65_HS1-834228961_62-HQ-83894_Section_5
Agency: FBI
Page 104
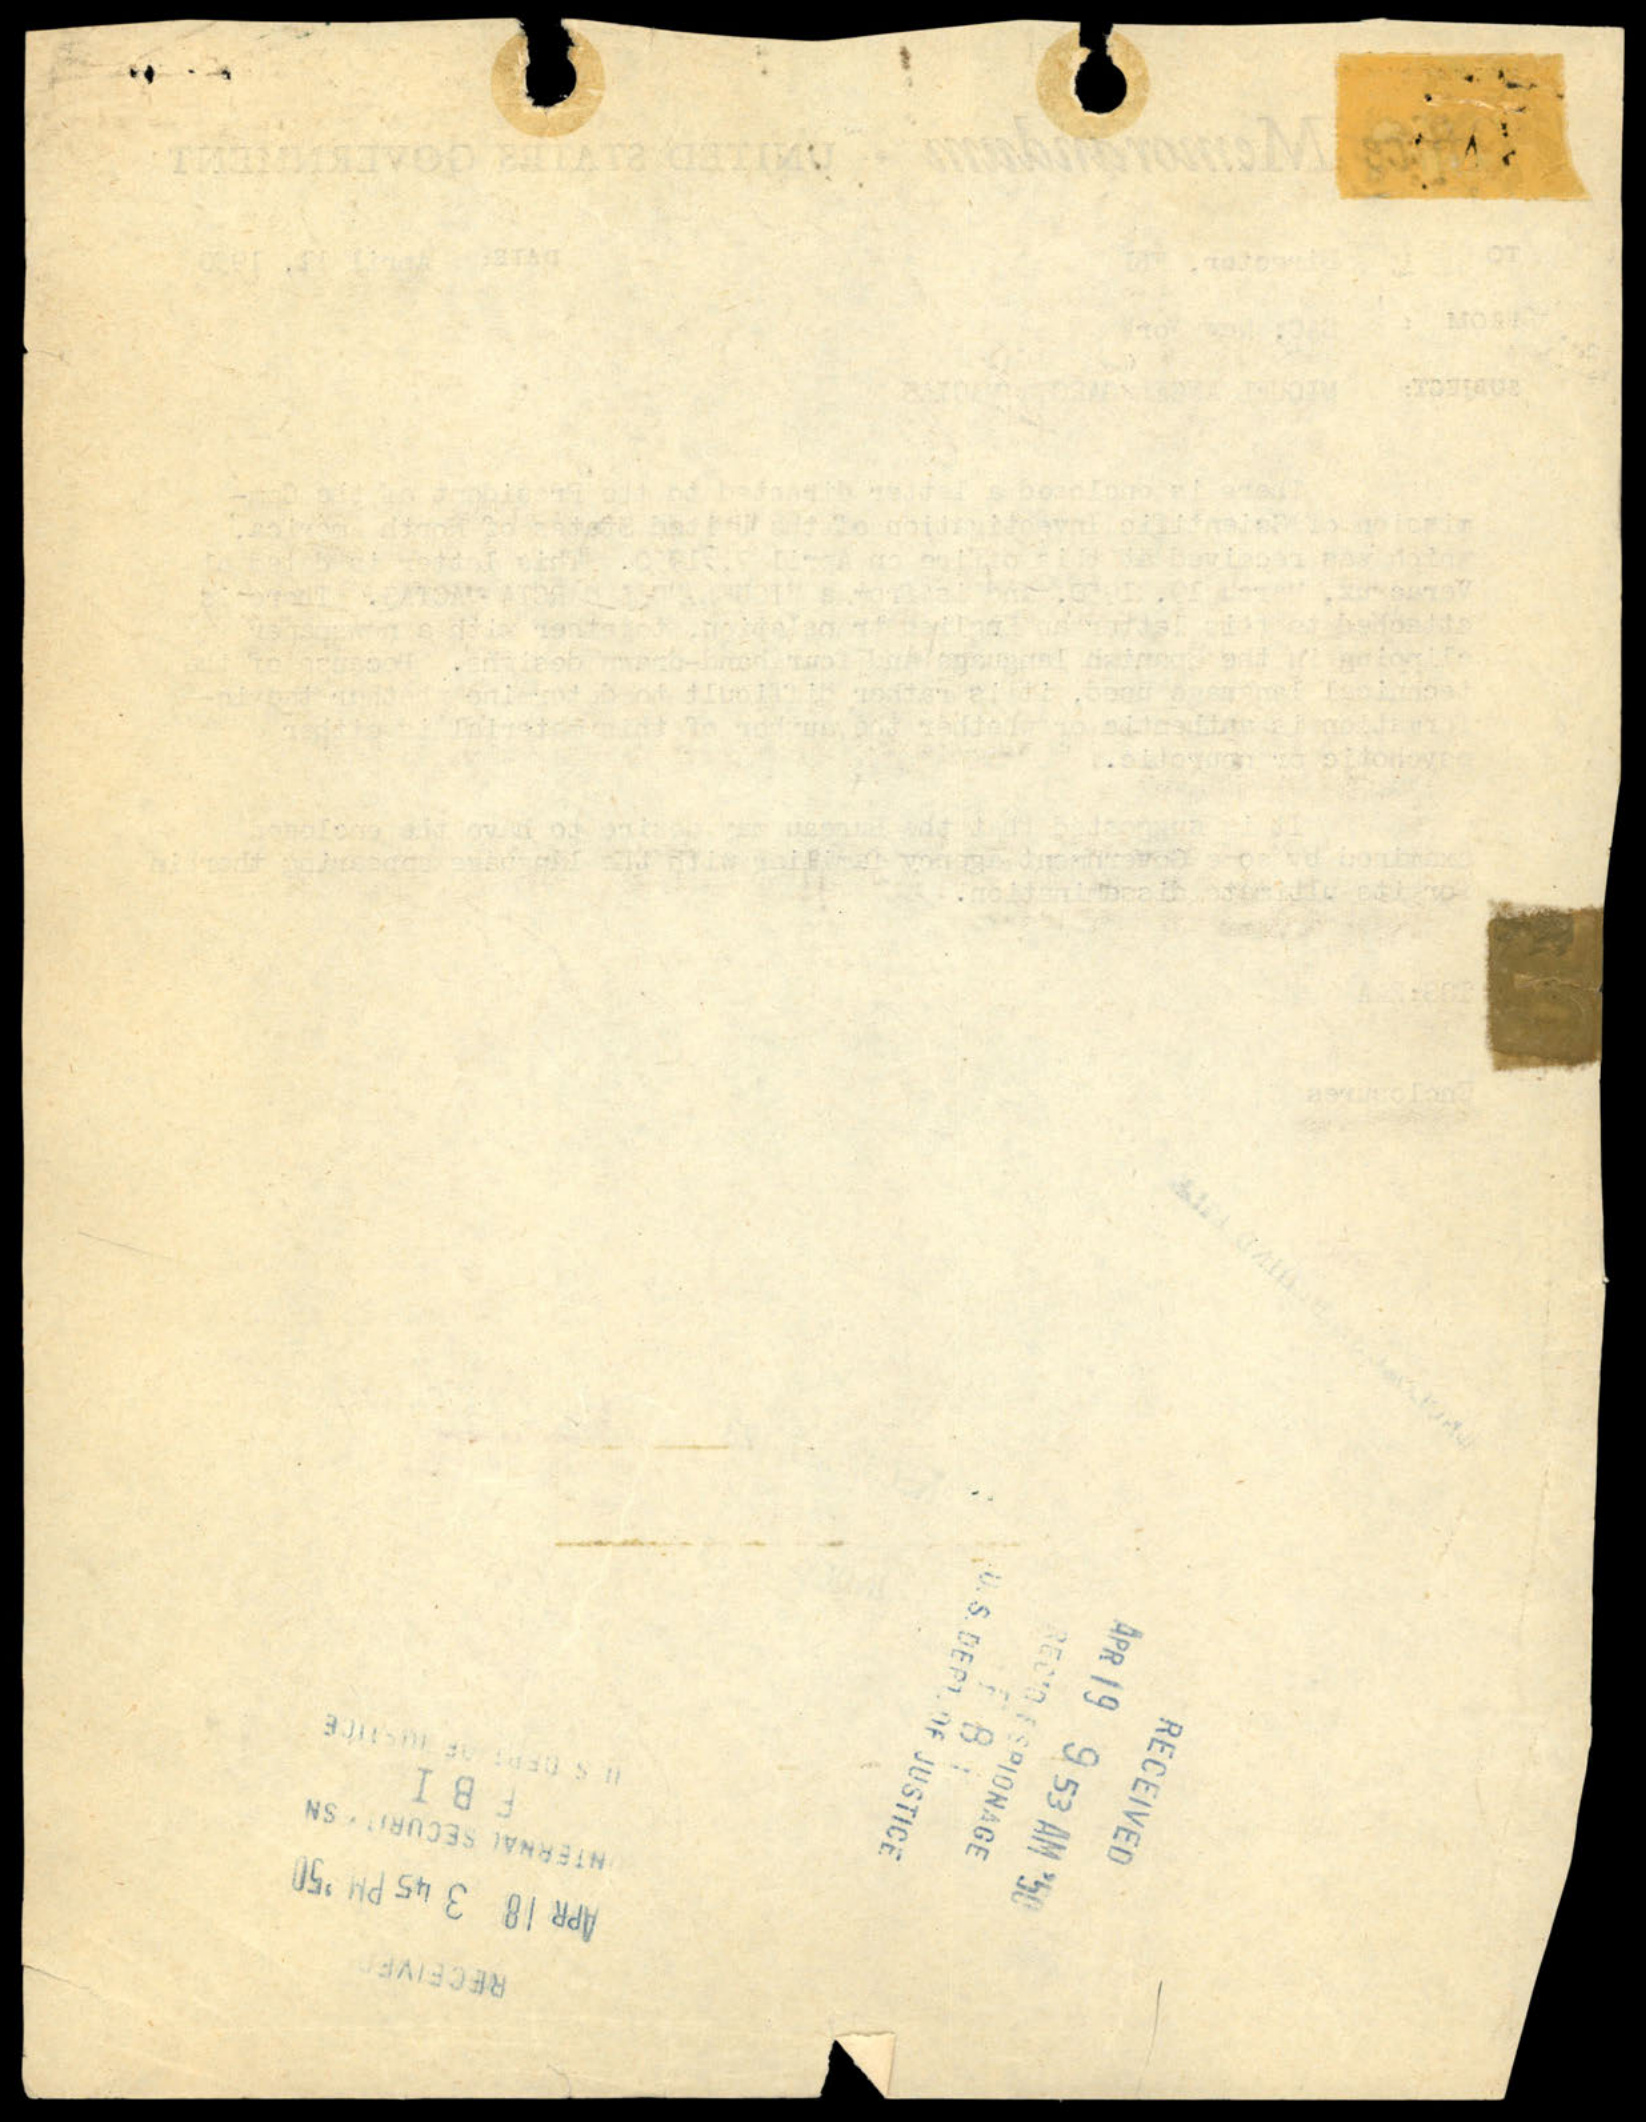